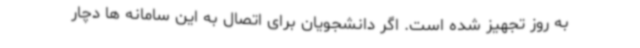
به روز تجهیز شده است. اگر دانشجویان برای اتصال به این سامانه ها دچار